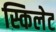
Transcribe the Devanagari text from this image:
स्किलेट